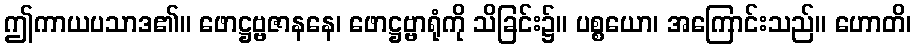
ဤကာယပသာဒ၏။ ဖောဋ္ဌဗ္ဗဇာနနေ၊ ဖောဋ္ဌဗ္ဗာရုံကို သိခြင်း၌။ ပစ္စယော၊ အကြောင်းသည်။ ဟောတိ၊